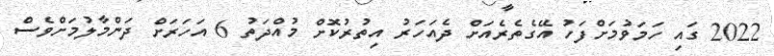
2022 ގައި ހަމަވުމަށްފަހު އޭގެތެރެއަށް ދެއަހަރު އިތުރުކޮށް މުއްދަތު 6 އަހަރަށް ދަންމާލުމަށްވެސް